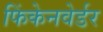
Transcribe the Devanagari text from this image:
फिंकेनवेर्डर